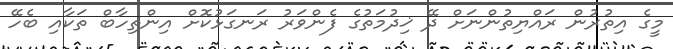
މީގެ އިތުރުން ރައްޔިތުންނަށް ދޭ ޚިދުމަތުގެ ފެންވަރު ރަނގަޅުކޮށް އިންތިހާބް ތަކާއި ބެހޭ